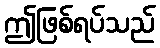
ဤဖြစ်ရပ်သည်